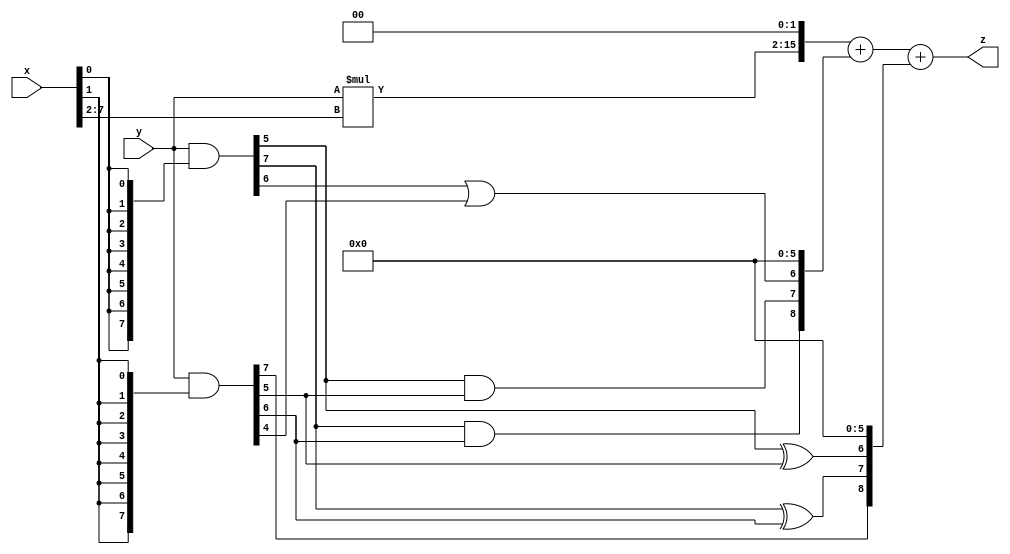
// terms: 6
// fval:  3479.25

module unsigned_exchange_8x8_l2_lamb500_8 (
	input [7:0] x,
	input [7:0] y,
	output [15:0] z
);

wire [7:0] part1 =  y & {8{x[0]}};
wire [7:0] part2 =  y & {8{x[1]}};
wire [7:0] part3 =  y & {8{x[2]}};
wire [7:0] part4 =  y & {8{x[3]}};
wire [7:0] part5 =  y & {8{x[4]}};
wire [7:0] part6 =  y & {8{x[5]}};
wire [7:0] part7 =  y & {8{x[6]}};
wire [7:0] part8 =  y & {8{x[7]}};

wire [8:0] new_part1;
assign new_part1[0] = 0;
assign new_part1[1] = 0;
assign new_part1[2] = 0;
assign new_part1[3] = 0;
assign new_part1[4] = 0;
assign new_part1[5] = 0;
assign new_part1[6] = part1[6] | part2[4];
assign new_part1[7] = part1[5] & part2[5];
assign new_part1[8] = part1[7] & part2[6];

wire [8:0] new_part2;
assign new_part2[0] = 0;
assign new_part2[1] = 0;
assign new_part2[2] = 0;
assign new_part2[3] = 0;
assign new_part2[4] = 0;
assign new_part2[5] = 0;
assign new_part2[6] = part1[5] ^ part2[5];
assign new_part2[7] = part1[7] ^ part2[6];
assign new_part2[8] = part2[7];

wire [13:0] tmp_z = y*x[7:2];

assign z = {tmp_z, 2'd 0} + new_part1 + new_part2;

endmodule